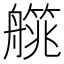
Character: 艞